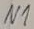
Text: N1